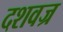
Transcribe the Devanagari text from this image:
दशवज्र